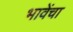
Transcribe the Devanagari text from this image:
भावेंचा